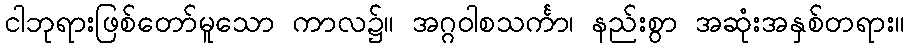
ငါဘုရားဖြစ်တော်မူသော ကာလ၌။ အဂ္ဂဝါစသင်္ကာ၊ နည်းစွာ အဆုံးအနှစ်တရား။